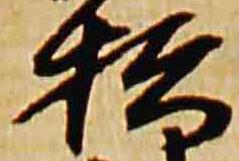
松